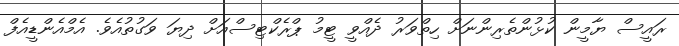
ރައީސް ޔާމީން ކުޅުންތެރިންނަށް ހިތްވަރު ދެއްވީ ޓީމު ޕްރެކްޓިސްއަށް ދިޔަ ވަގުތުއެވެ. އެމްއެންޑީއެފް